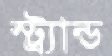
স্ট্র্যান্ড